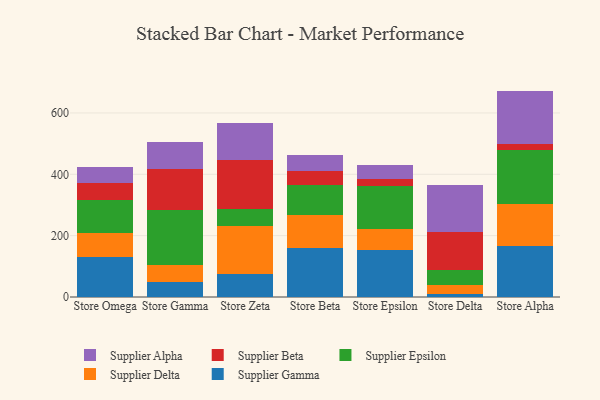
{"axis": {"x": "Store", "y": "Production Output"}, "legend": ["Supplier Alpha", "Supplier Beta", "Supplier Delta", "Supplier Epsilon", "Supplier Gamma"], "data": [{"x": "Store Omega", "y": 130.4, "type": "Supplier Gamma"}, {"x": "Store Omega", "y": 78.4, "type": "Supplier Delta"}, {"x": "Store Omega", "y": 106.1, "type": "Supplier Epsilon"}, {"x": "Store Omega", "y": 57.6, "type": "Supplier Beta"}, {"x": "Store Omega", "y": 52.4, "type": "Supplier Alpha"}, {"x": "Store Gamma", "y": 48.1, "type": "Supplier Gamma"}, {"x": "Store Gamma", "y": 55.6, "type": "Supplier Delta"}, {"x": "Store Gamma", "y": 178.6, "type": "Supplier Epsilon"}, {"x": "Store Gamma", "y": 134.8, "type": "Supplier Beta"}, {"x": "Store Gamma", "y": 88.9, "type": "Supplier Alpha"}, {"x": "Store Zeta", "y": 76.0, "type": "Supplier Gamma"}, {"x": "Store Zeta", "y": 154.9, "type": "Supplier Delta"}, {"x": "Store Zeta", "y": 54.6, "type": "Supplier Epsilon"}, {"x": "Store Zeta", "y": 161.6, "type": "Supplier Beta"}, {"x": "Store Zeta", "y": 119.0, "type": "Supplier Alpha"}, {"x": "Store Beta", "y": 159.6, "type": "Supplier Gamma"}, {"x": "Store Beta", "y": 107.5, "type": "Supplier Delta"}, {"x": "Store Beta", "y": 99.6, "type": "Supplier Epsilon"}, {"x": "Store Beta", "y": 44.5, "type": "Supplier Beta"}, {"x": "Store Beta", "y": 50.9, "type": "Supplier Alpha"}, {"x": "Store Epsilon", "y": 154.0, "type": "Supplier Gamma"}, {"x": "Store Epsilon", "y": 67.5, "type": "Supplier Delta"}, {"x": "Store Epsilon", "y": 141.4, "type": "Supplier Epsilon"}, {"x": "Store Epsilon", "y": 23.3, "type": "Supplier Beta"}, {"x": "Store Epsilon", "y": 44.4, "type": "Supplier Alpha"}, {"x": "Store Delta", "y": 10.0, "type": "Supplier Gamma"}, {"x": "Store Delta", "y": 30.1, "type": "Supplier Delta"}, {"x": "Store Delta", "y": 47.9, "type": "Supplier Epsilon"}, {"x": "Store Delta", "y": 124.3, "type": "Supplier Beta"}, {"x": "Store Delta", "y": 152.9, "type": "Supplier Alpha"}, {"x": "Store Alpha", "y": 164.7, "type": "Supplier Gamma"}, {"x": "Store Alpha", "y": 139.3, "type": "Supplier Delta"}, {"x": "Store Alpha", "y": 176.9, "type": "Supplier Epsilon"}, {"x": "Store Alpha", "y": 17.0, "type": "Supplier Beta"}, {"x": "Store Alpha", "y": 174.2, "type": "Supplier Alpha"}]}